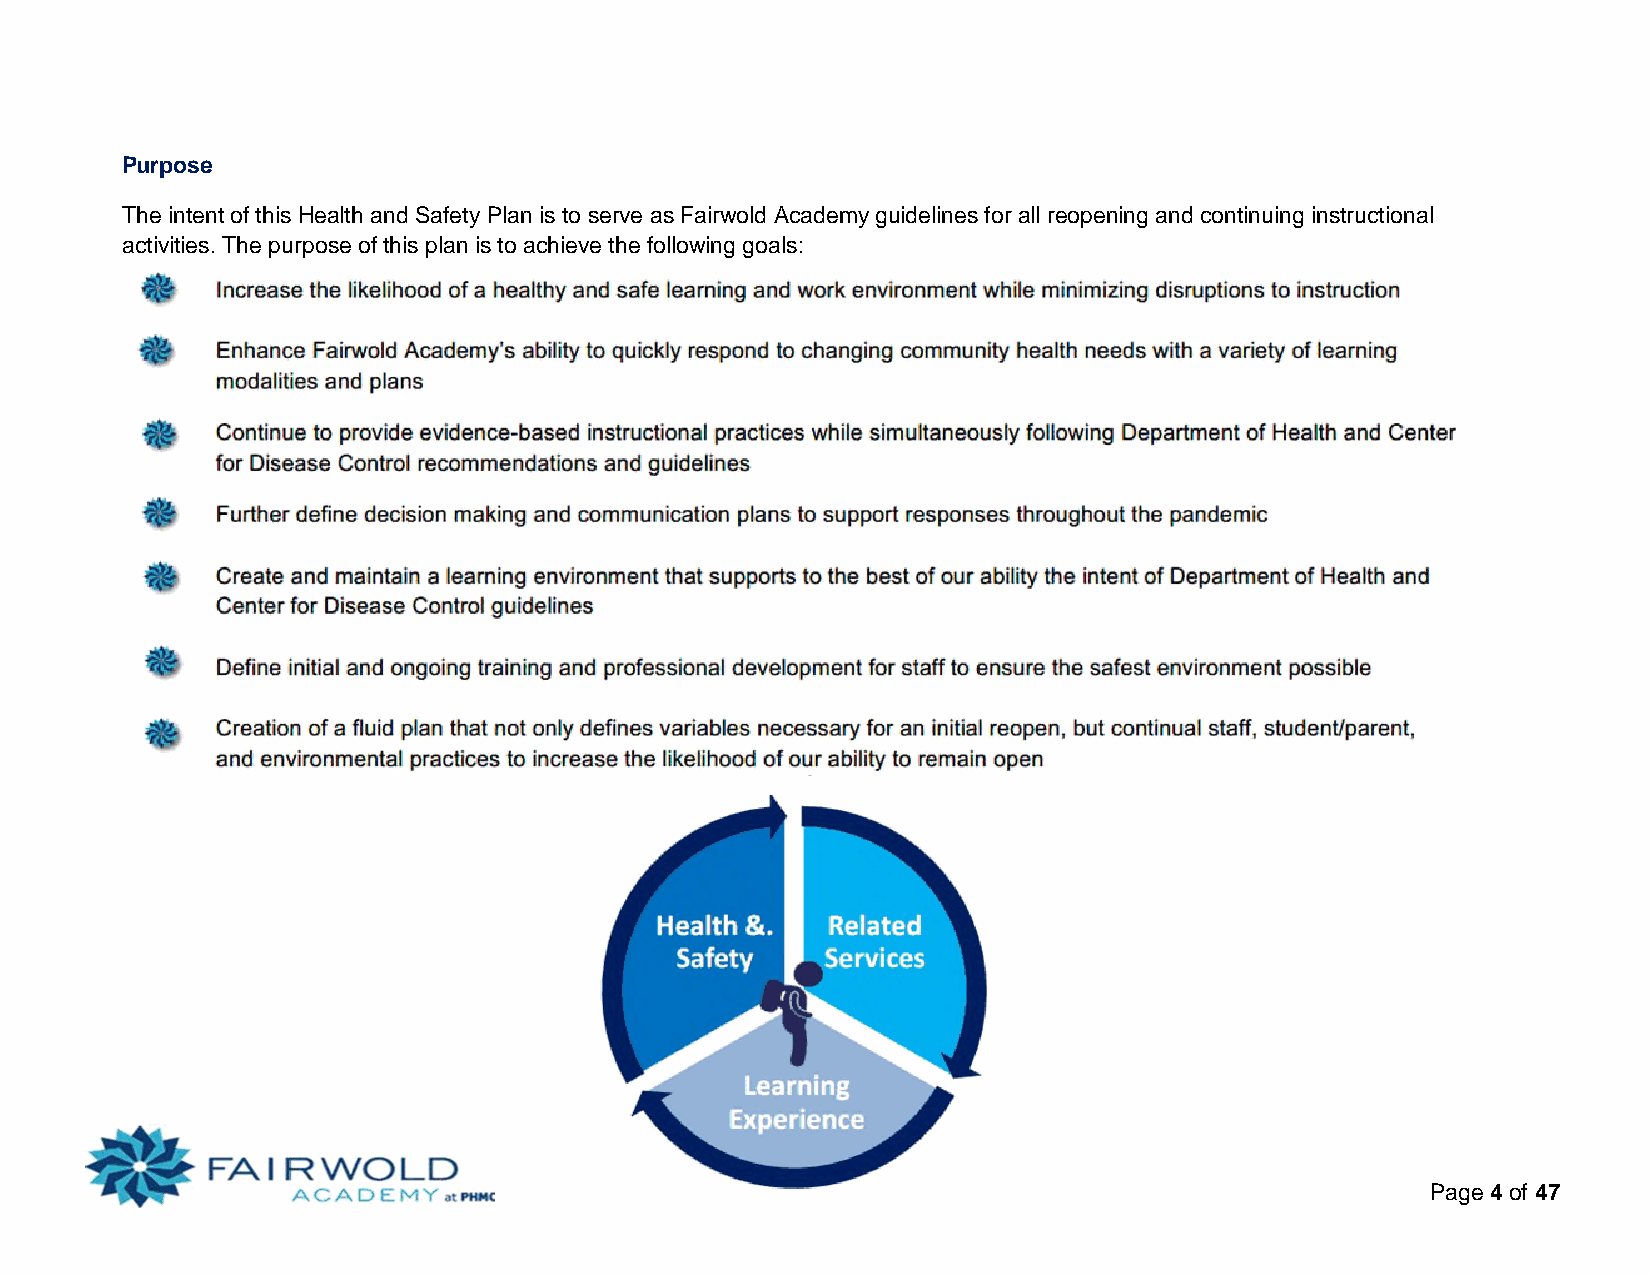
Purpose
 The intent of this Health and Safety Plan is to serve as Fairwold Academy guidelines for all reopening and continuing instructional
 activities. The purpose of this plan is to achieve the following goals:
 Health &.  Related
 Safety    Services
 Page 4 of 47